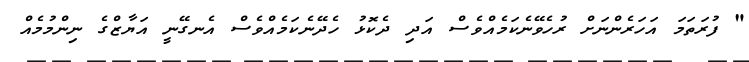
" ފުރަތަމަ އަހަރެންނަށް ރުހެވޭނެކަމެއްވެސް އަދި ދެކޮޅު ހެދޭނެކަމެއްވެސް އެނގޭނީ އަޔާޒްގެ ނިންމުމެއް